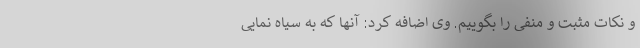
و نکات مثبت و منفی را بگوییم. وی اضافه کرد: آنها که به سیاه نمایی